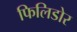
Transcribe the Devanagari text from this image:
फिलिडोर